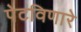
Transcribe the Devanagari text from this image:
पेटविणारे